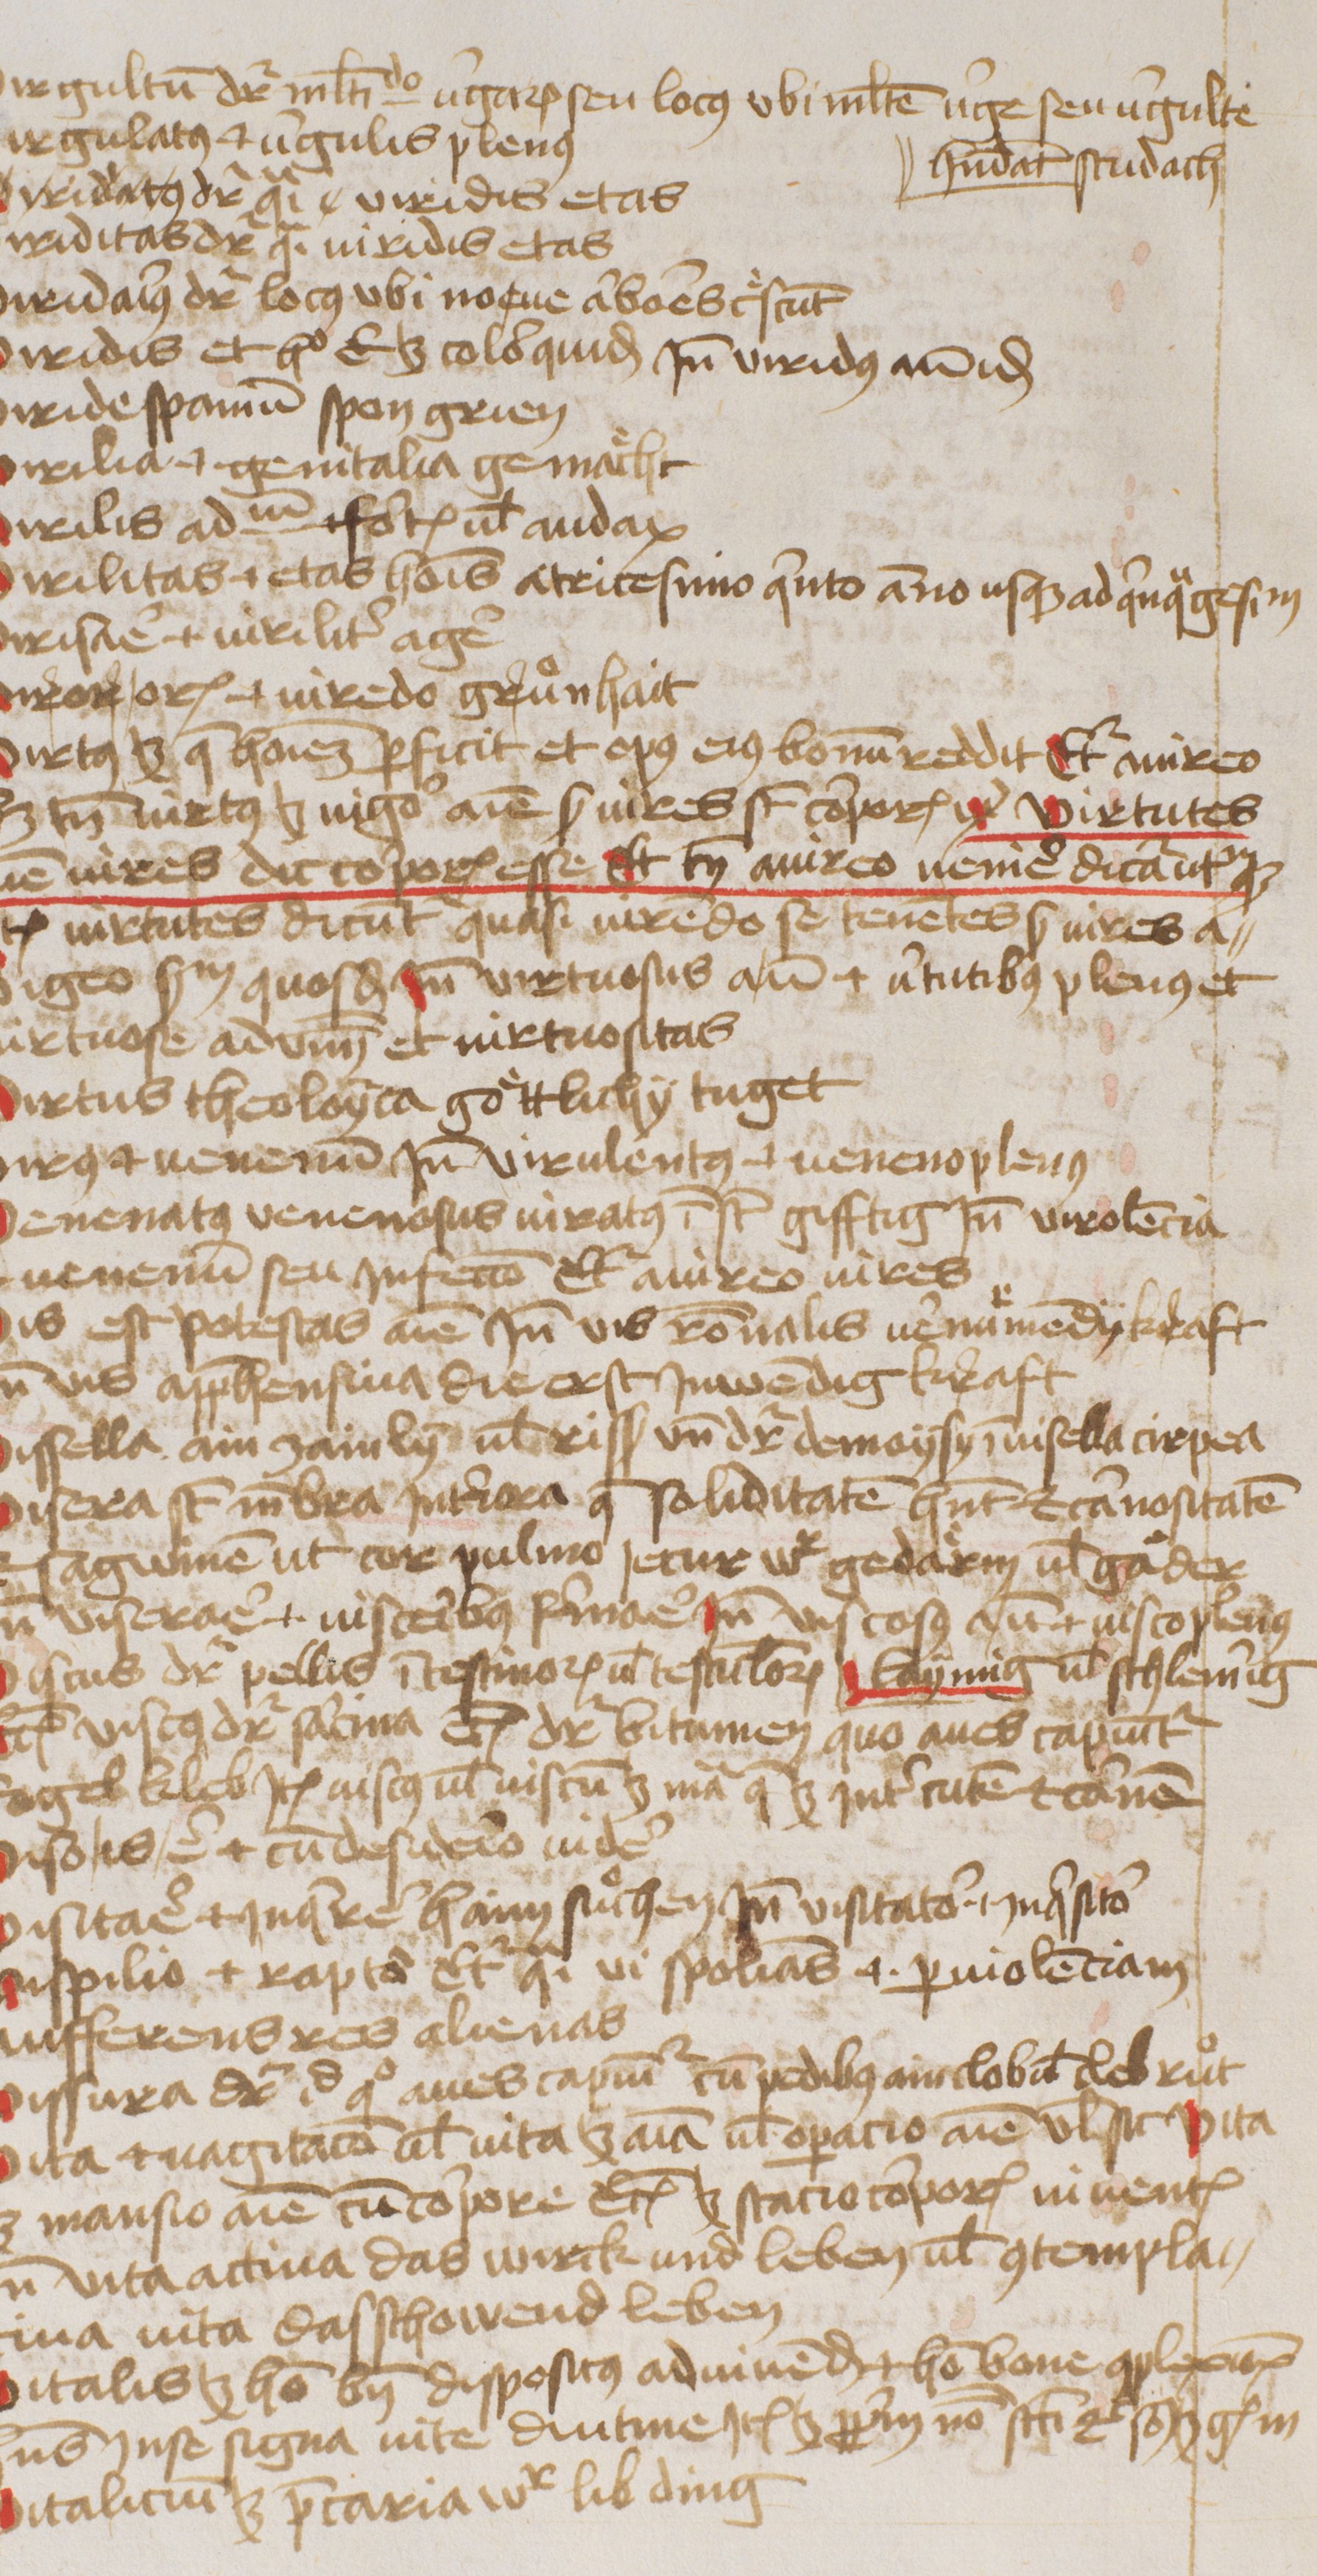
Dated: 1445–1455